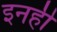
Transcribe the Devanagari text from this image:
इनही